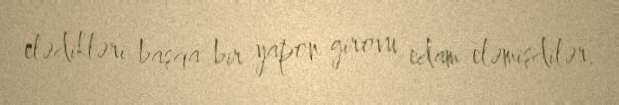
elədikləri başqa bir yapon girovu edam eləmişdilər.